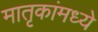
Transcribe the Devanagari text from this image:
मातृकांमध्ये